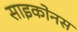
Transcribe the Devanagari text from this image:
साइकोनस